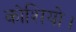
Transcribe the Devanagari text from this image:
कोशियो।